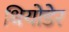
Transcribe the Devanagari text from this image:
थियोडेर